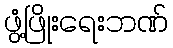
ဖွံ့ဖြိုးရေးဘဏ်